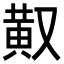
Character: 𪎳